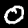
Label: 0